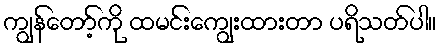
ကျွန်တော့်ကို ထမင်းကျွေးထားတာ ပရိသတ်ပါ။